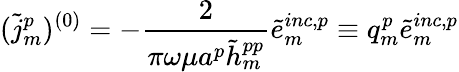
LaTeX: (\tilde{j}_{m}^{p})^{(0)}=-{\frac{2}{\pi\omega\mu a^{p}\tilde{h}_{m}^{pp}}}\tilde{e}_{m}^{inc,p}\equiv q_{m}^{p}\tilde{e}_{m}^{inc,p}